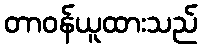
တာဝန်ယူထားသည်